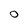
Character: O